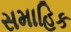
સમાહિક